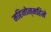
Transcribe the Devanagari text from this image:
महिनोन्‌महिने